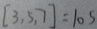
[ 3 , 5 , 7 ] = 1 0 5